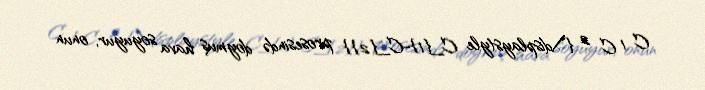
C 1 C 2 {\displaystyle C_{1}-C_{2}} prosesində doymuş hava soyuyur, onun